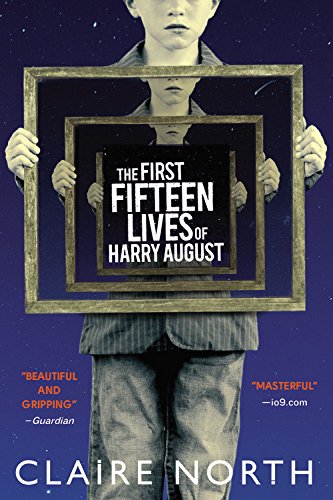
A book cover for The First Fifteen Lives of Harry August; Claire North; Mystery, Thriller & Suspense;